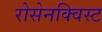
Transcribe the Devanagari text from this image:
रोसेनक्विस्ट